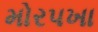
મોરપખા